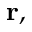
\mathbf { r , }